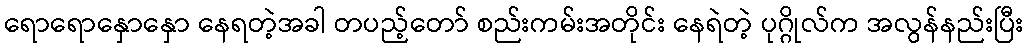
ရောရောနှောနှော နေရတဲ့အခါ တပည့်တော် စည်းကမ်းအတိုင်း နေရဲတဲ့ ပုဂ္ဂိုလ်က အလွန်နည်းပြီး